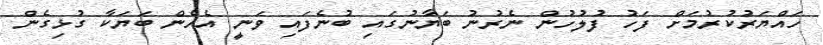
ހައްޔަރުކުރުމަށް ފަހު ފުލުހުން ނެރުނު ބަޔާނުގައި ބުނެފައި ވަނީ އެހެން ބަޔަކާ ގުޅިގެން